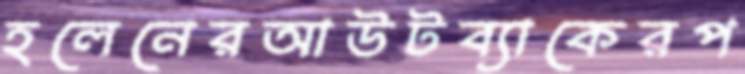
হলেনেরআউটব্যাকেরপ